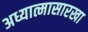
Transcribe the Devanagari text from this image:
अध्यात्मासारखा